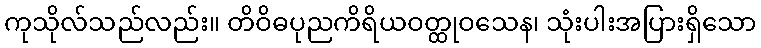
ကုသိုလ်သည်လည်း။ တိဝိဓပုညကိရိယဝတ္ထုဝသေန၊ သုံးပါးအပြားရှိသော